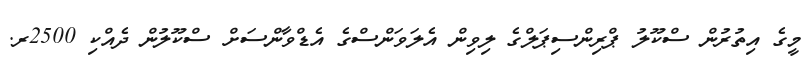
މީގެ އިތުރުން ސްކޫލު ޕްރިންސިޕަލްގެ ލިވިން އެލަވަންސްގެ އެޑްވާންސަށް ސްކޫލުން ދެއްކި 2500ރ.